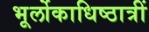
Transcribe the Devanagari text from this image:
भूर्लोकाधिष्ठात्रीं